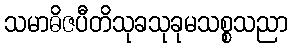
သမာဓိဇပီတိသုခသုခုမသစ္စသညာ